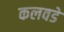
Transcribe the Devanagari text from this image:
कलवडे